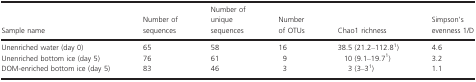
| Sample name | Number of sequences | Number of unique sequences | Number of OTUs | Chao1 richness | Simpson's evenness 1/D |
 | --- | --- | --- | --- | --- | --- |
 | Unenriched water (day 0) | 65 | 58 | 16 | 38.5 (21.2–112.81) | 4.6 |
 | Unenriched bottom ice (day 5) | 76 | 61 | 9 | 10 (9.1–19.71) | 3.2 |
 | DOM-enriched bottom ice (day 5) | 83 | 46 | 3 | 3 (3–31) | 1.1 |